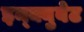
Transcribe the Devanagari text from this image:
इन्क्युबेट